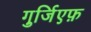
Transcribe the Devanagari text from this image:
गुर्जि़एफ़